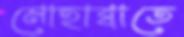
মোহাব্বাতে